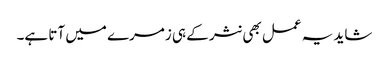
شاید یہ عمل بھی نثر کے ہی زمرے میں آتا ہے۔